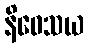
နိဝေသယ